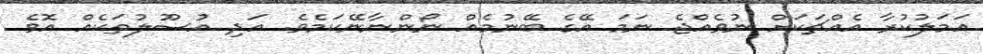
އަމަލުކުރާ އެއްޗަކަށް ނުވެއްޖެ ނަމަ އޭގެ ބޭނުމެއް ނޯންނާނޭކަމެވެ. އަދި އުސޫލުތަކެއް އޮވެ